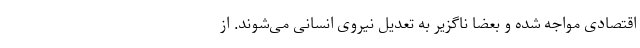
اقتصادی مواجه شده و بعضا ناگزیر به تعدیل نیروی انسانی می‌شوند. از